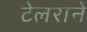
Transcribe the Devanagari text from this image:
टेलराने